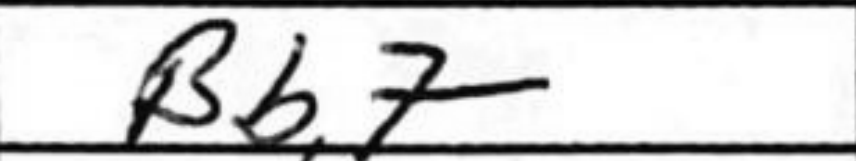
Transcription: Bb7